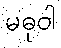
မဓုဝါ